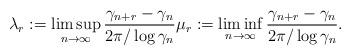
LaTeX: \begin{align*}\lambda_r := \limsup_{n\to \infty} \frac{\gamma_{n+r}-\gamma_n}{2\pi /\log \gamma_n} \mu_r := \liminf_{n\to \infty} \frac{\gamma_{n+r}-\gamma_n}{2\pi /\log \gamma_n}.\end{align*}